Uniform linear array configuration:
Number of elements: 16
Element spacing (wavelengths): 1
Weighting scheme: exponential
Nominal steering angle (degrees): -60
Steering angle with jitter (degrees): -58.708
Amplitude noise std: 0.05
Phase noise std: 0.05

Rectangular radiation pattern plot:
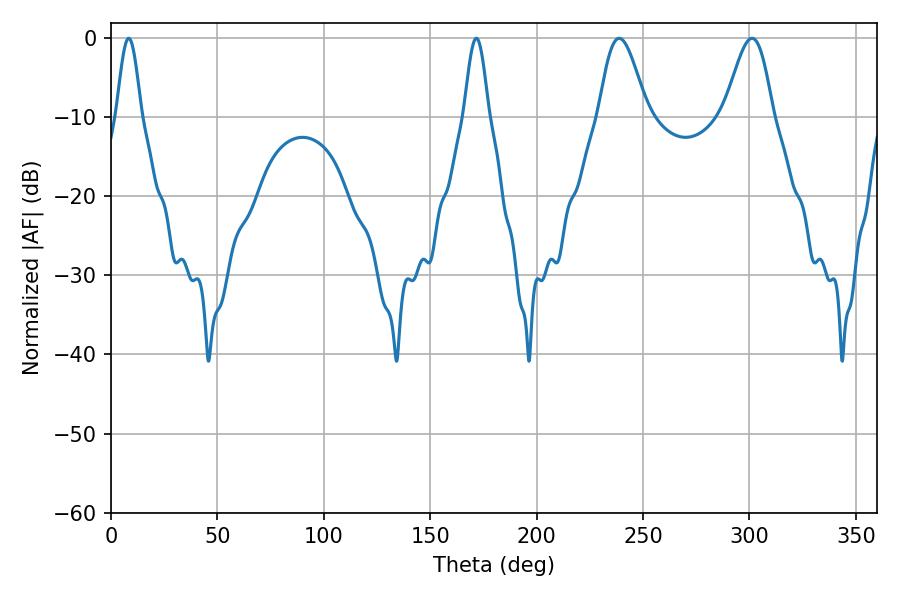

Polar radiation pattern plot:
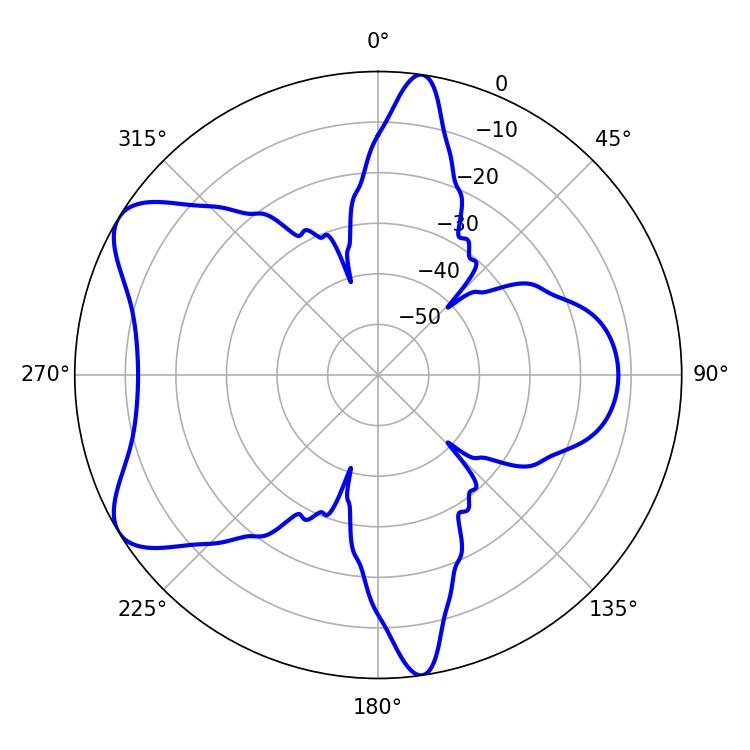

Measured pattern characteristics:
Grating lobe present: TRUE
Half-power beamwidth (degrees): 12.06
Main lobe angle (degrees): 238.86